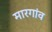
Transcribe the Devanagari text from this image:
मारगांव